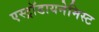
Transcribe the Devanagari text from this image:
एस्ट्राॅडायनेमिस्ट